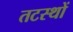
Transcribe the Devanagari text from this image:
तटस्थों